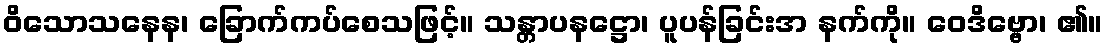
ဝိသောသနေန၊ ခြောက်ကပ်စေသဖြင့်။ သန္တာပနဋ္ဌော၊ ပူပန်ခြင်းအ နက်ကို။ ဝေဒိဗ္ဗော၊ ၏။